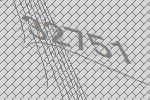
32751